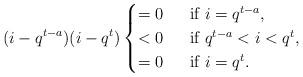
LaTeX: \begin{align*}(i-q^{t-a})(i-q^t)\begin{cases}=0\;&\mbox{ if } i=q^{t-a},\\<0\;&\mbox{ if } q^{t-a}<i<q^t,\\=0\;&\mbox{ if } i=q^t.\end{cases}\end{align*}